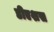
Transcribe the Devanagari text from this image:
डीएशस